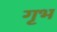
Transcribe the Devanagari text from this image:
गृभ